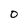
Character: 0